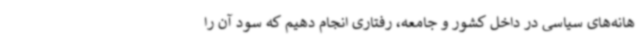
هانه‌های سیاسی در داخل کشور و جامعه، رفتاری انجام دهیم که سود آن را